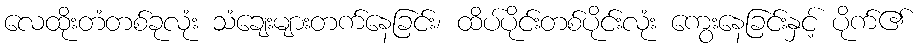
လေထိုးတံတစ်ခုလုံး သံချေးများတက်နေခြင်း၊ ထိပ်ပိုင်းတစ်ပိုင်းလုံး ကွေးနေခြင်းနှင့် ပိုက်၏